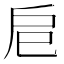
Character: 𢨪